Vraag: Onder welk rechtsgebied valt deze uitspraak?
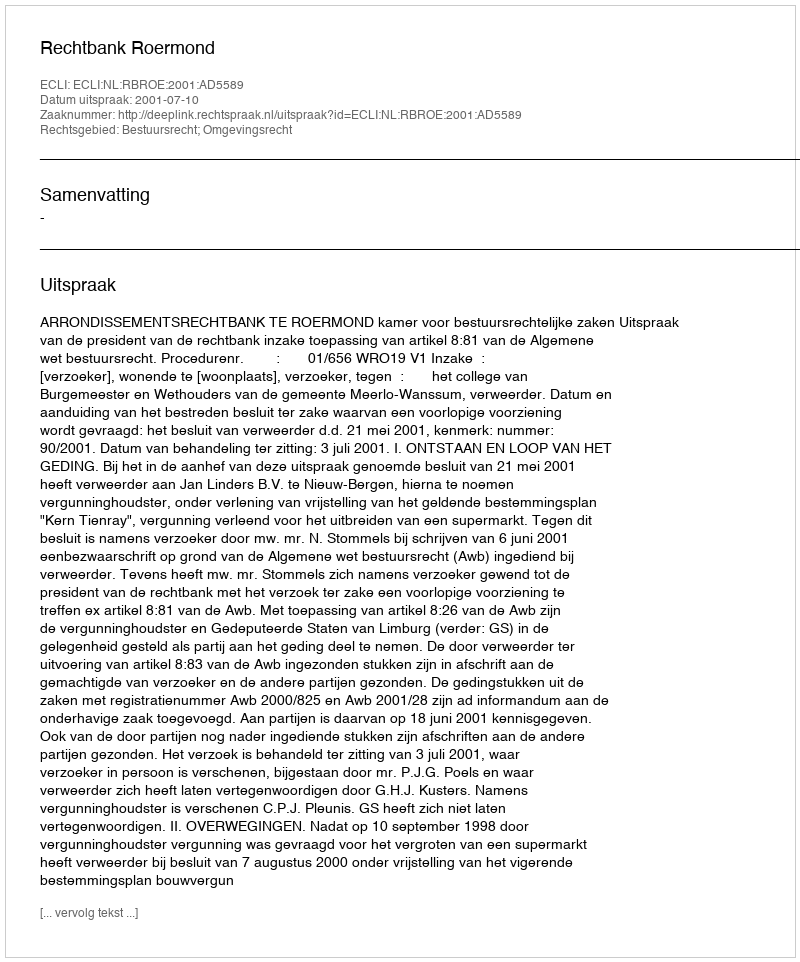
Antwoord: Bestuursrecht; Omgevingsrecht